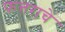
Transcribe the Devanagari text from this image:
फत्तराचें